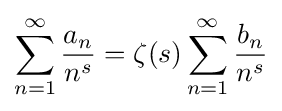
\sum _{n=1}^{\infty }{\frac {a_{n}}{n^{s}}}=\zeta (s)\sum _{n=1}^{\infty }{\frac {b_{n}}{n^{s}}}